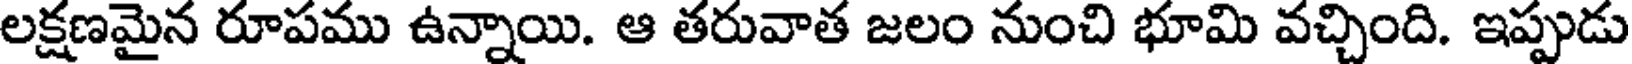
లక్షణమైన రూపము ఉన్నాయి. ఆ తరువాత జలం నుంచి భూమి వచ్చింది. ఇప్పుడు